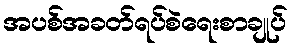
အပစ်အခတ်ရပ်စဲရေးစာချုပ်